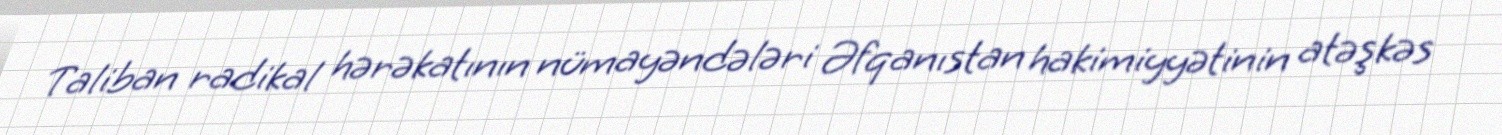
Taliban radikal hərəkatının nümayəndələri Əfqanıstan hakimiyyətinin atəşkəs